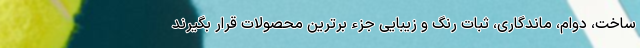
ساخت، دوام، ماندگاری، ثبات رنگ و زیبایی جزء برترین محصولات قرار بگیرند